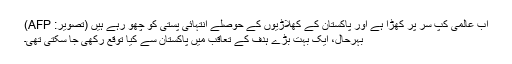
اب عالمی کپ سر پر کھڑا ہے اور پاکستان کے کھلاڑیوں کے حوصلے انتہائی پستی کو چھو رہے ہیں (تصویر: AFP)
بہرحال، ایک بہت بڑے ہدف کے تعاقب میں پاکستان سے کیا توقع رکھی جا سکتی تھی۔